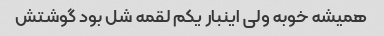
همیشه خوبه ولی اینبار یکم لقمه شل بود گوشتش